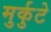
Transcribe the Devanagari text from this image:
मुर्कुटे